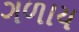
ગળાય